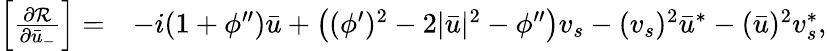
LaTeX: \begin{array}{rl}{\left[\frac{\partial{\mathcal{R}}}{\partial\bar{u}_{-}}\right]=}&{-i(1+\phi^{\prime\prime})\bar{u}+\left((\phi^{\prime})^{2}-2|\bar{u}|^{2}-\phi^{\prime\prime}\right)v_{s}-(v_{s})^{2}\bar{u}^{*}-(\bar{u})^{2}v_{s}^{*},}\end{array}